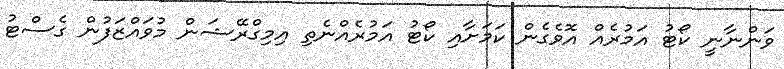
ވަންނާނީ ކޯޓު އަމުރެއް އޮވެގެން ކަމަށާއި ކޯޓު އަމުރެއްނެތި އިމިގްރޭޝަން މުވައްޒަފުން ގެސްޓު